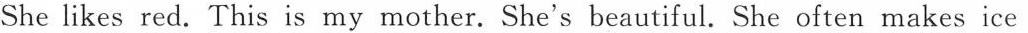
She likes red. This is my mother. She's beautiful. She often makes ice